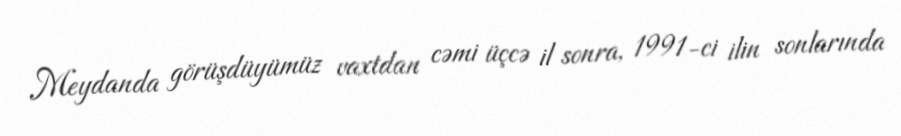
Meydanda görüşdüyümüz vaxtdan cəmi üçcə il sonra, 1991-ci ilin sonlarında